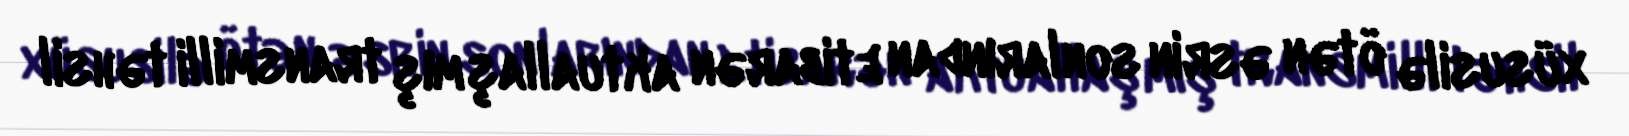
xüsusilə ötən əsrin sonlarından etibarən aktuallaşmış transmilli təhsil